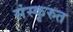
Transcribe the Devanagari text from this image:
संस्कृरुत